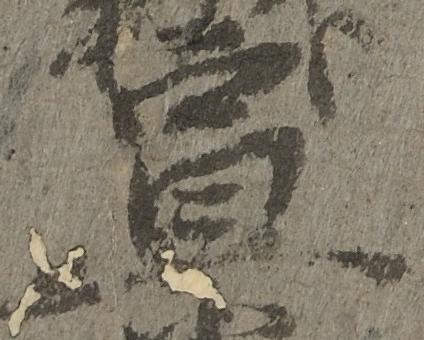
宣